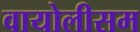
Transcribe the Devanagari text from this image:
वायोलीसम